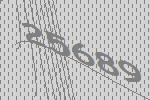
25689